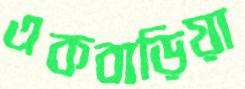
একবাড়িয়া